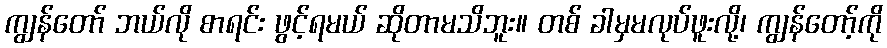
ကျွန်တော် ဘယ်လို စာရင်း ဖွင့်ရမယ် ဆိုတာမသိဘူး။ တစ် ခါမှမလုပ်ဖူးလို့၊ ကျွန်တော့်ကို